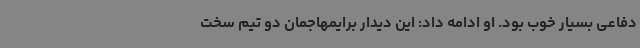
دفاعی بسیار خوب بود. او ادامه داد: این دیدار برایمهاجمان دو تیم سخت